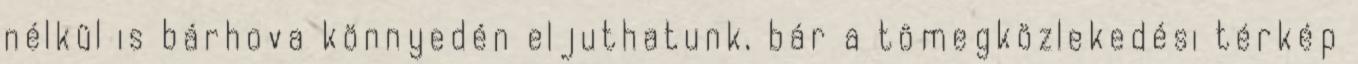
nélkül is bárhova könnyedén eljuthatunk, bár a tömegközlekedési térkép